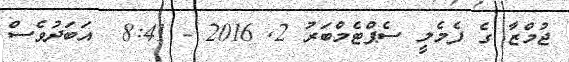
ޖުމްޒާ ގެ ފެމެލީ ސެޕްޓެމްބަރު 2